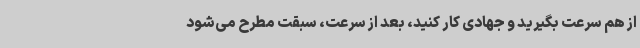
از هم سرعت بگیرید و جهادی کار کنید، بعد از سرعت، سبقت مطرح می‌شود